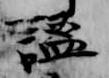
謐